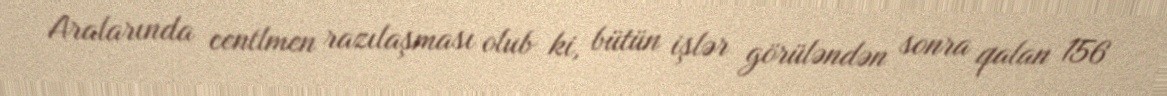
Aralarında centlmen razılaşması olub ki, bütün işlər görüləndən sonra qalan 156